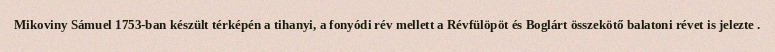
Mikoviny Sámuel 1753-ban készült térképén a tihanyi, a fonyódi rév mellett a Révfülöpöt és Boglárt összekötő balatoni révet is jelezte .